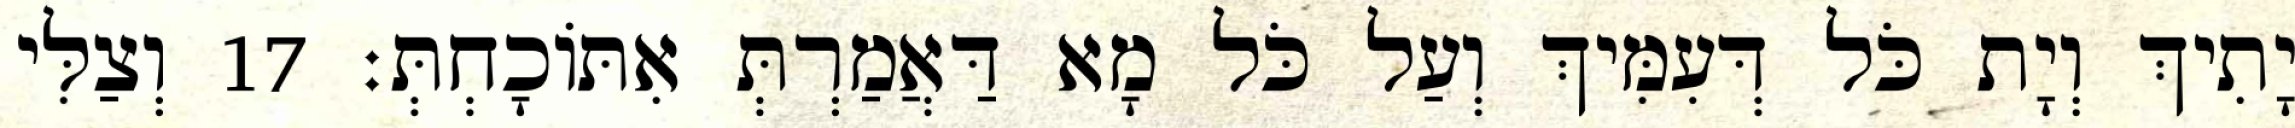
יָתִיךְ וְיָת כֹּל דְּעִמִּיךְ וְעַל כֹּל מָא דַּאֲמַרְתְּ אִתּוֹכָחְתְּ׃ 17 וְצַלִּי